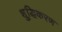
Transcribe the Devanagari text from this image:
शु्द्धिकरण